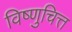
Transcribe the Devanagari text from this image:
विष्णुचित्त